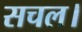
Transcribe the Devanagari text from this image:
सचल।